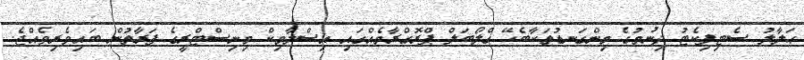
ޙަލާލު ސެޓިފިކެޓު ދިނުމުގެ މިންގަނޑުތަކާބެހޭ ގްލޯބަލް ޕްރޮގްރާމެއްގައި އިސްލާމިކް މިނިސްޓްރީގެ ފަރާތުން ބައިވެރިވެއްޖެ.